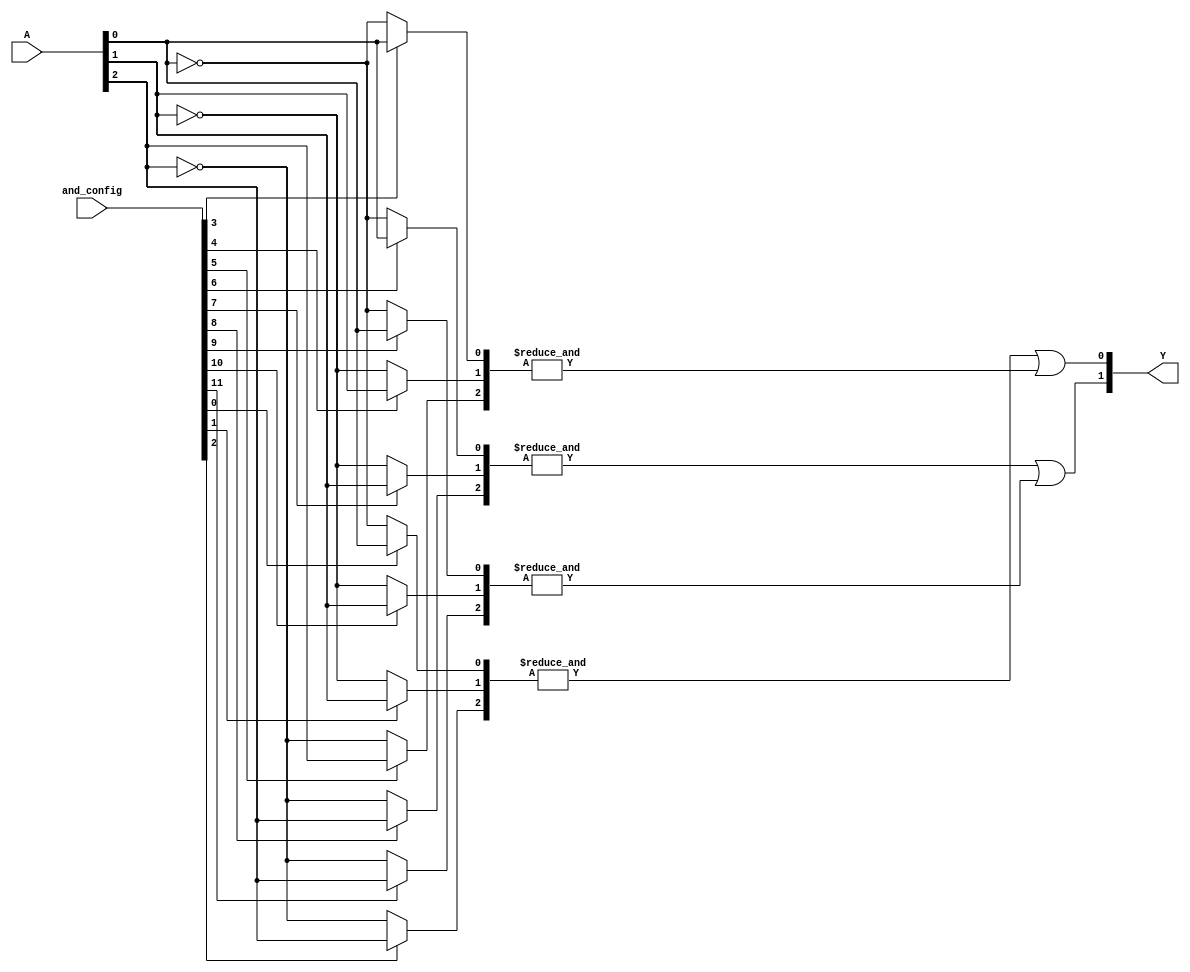
module SPAL #(
    parameter NUM_INPUTS = 3,   // Number of inputs (A, B, C)
    parameter NUM_AND_GATES = 4, // Number of AND gates
    parameter NUM_OUTPUTS = 2    // Number of outputs (Y1, Y2)
)(
    input  wire [NUM_INPUTS-1:0] A, // Input signals
    input  wire [NUM_AND_GATES*NUM_INPUTS-1:0] and_config, // Configuration for AND gates
    output wire [NUM_OUTPUTS-1:0] Y  // Output signals
);

// Declare the internal signals for the AND outputs
wire [NUM_AND_GATES-1:0] and_out;

// Generate the programmable AND array
generate 
    genvar i, j;
    for (i = 0; i < NUM_AND_GATES; i = i + 1) begin : and_array
        wire [NUM_INPUTS-1:0] and_inputs;
        // Map the input signals and their complements based on configuration
        for (j = 0; j < NUM_INPUTS; j = j + 1) begin : input_mapping
            assign and_inputs[j] = (and_config[i * NUM_INPUTS + j]) ? A[j] : ~A[j];
        end
        // AND gate for this product term
        assign and_out[i] = &and_inputs; // Perform AND operation
    end
endgenerate

// OR array (fixed, combining AND outputs)
assign Y[0] = and_out[0] | and_out[1]; // Output Y1 from AND gates 0 and 1
assign Y[1] = and_out[2] | and_out[3]; // Output Y2 from AND gates 2 and 3

endmodule